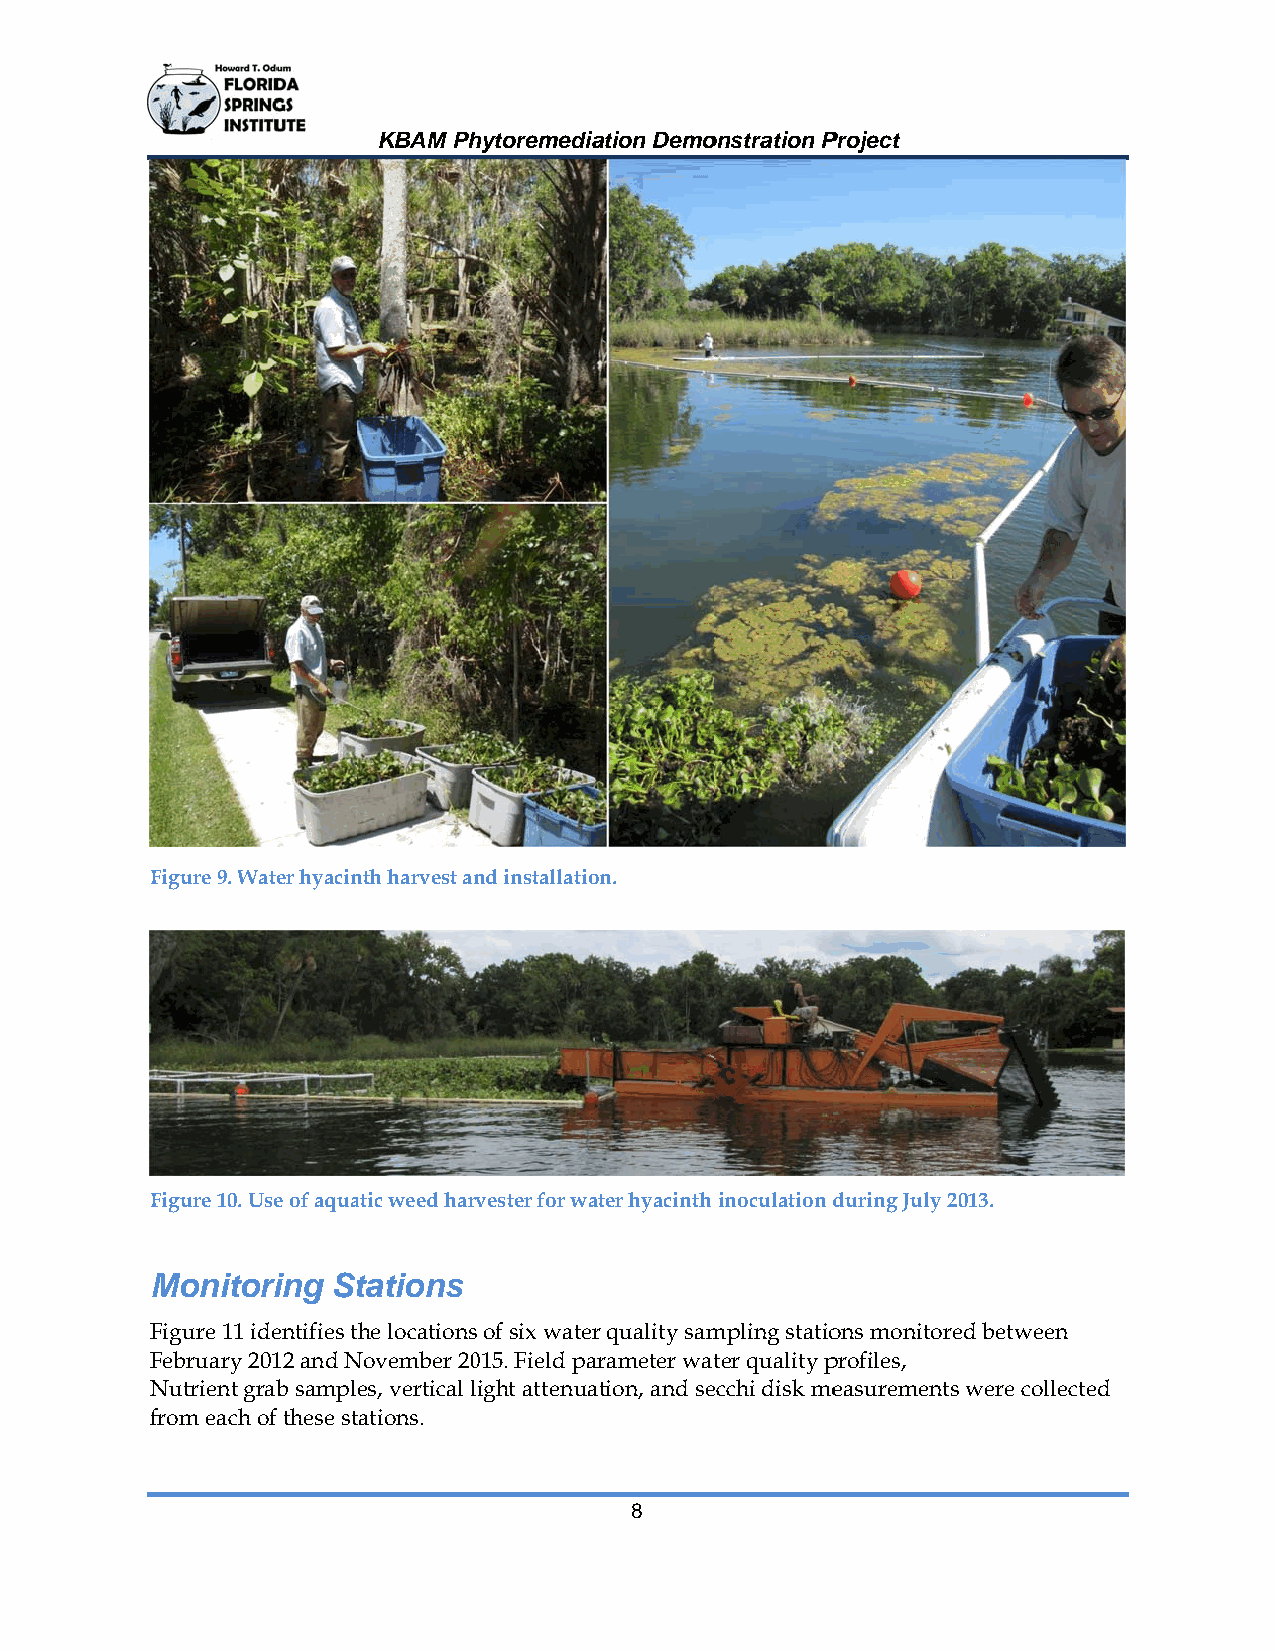
KBAM Phhytoremediaation Demoonstration PProject
 Figure 9. WWater hyacinnth harvest annd installatioon.
 Figure 10. Use of aquaatic weed harvvester for waater hyacinth inoculation dduring July 22013.
 Monittoring Sttations
 Figure 111 identifies the locationss of six waterr quality sammpling statioons monitoreed between
 Februaryy 2012 and NNovember 20015. Field paarameter watter quality pprofiles,
 Nutrient grab samples, vertical light attenuaation, and seecchi disk meeasurementss were colleccted
 from each of these sttations.
 8